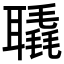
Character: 𦗨